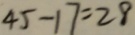
4 5 - 1 7 = 2 8